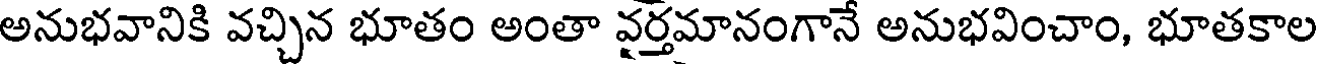
అనుభవానికి వచ్చిన భూతం అంతా వర్తమానంగానే అనుభవించాం, భూతకాల